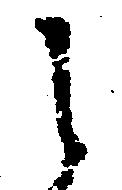
し